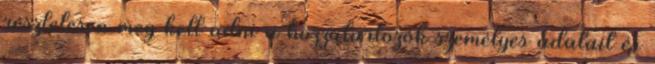
részletesen meg kell adni a hozzátartozók személyes adatait és